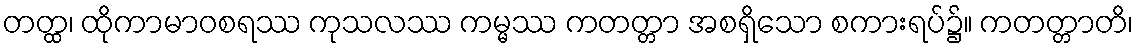
တတ္ထ၊ ထိုကာမာဝစရဿ ကုသလဿ ကမ္မဿ ကတတ္တာ အစရှိသော စကားရပ်၌။ ကတတ္တာတိ၊